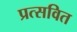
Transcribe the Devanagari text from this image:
प्रत्सवित